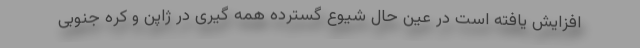
افزایش یافته است در عین حال شیوع گسترده همه گیری در ژاپن و کره جنوبی